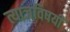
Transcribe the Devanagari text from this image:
त्याजविषयीं